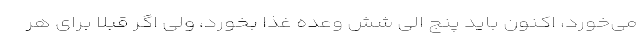
می‌خورد، اکنون باید پنج الی شش وعده غذا بخورد، ولی اگر قبلا برای هر